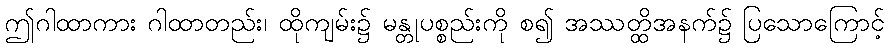
ဤဂါထာကား ဂါထာတည်း၊ ထိုကျမ်း၌ မန္တုပစ္စည်းကို စ၍ အဿတ္ထိအနက်၌ ပြသောကြောင့်